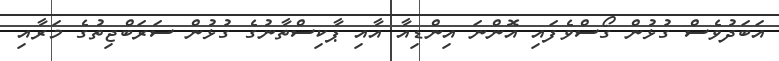
އަބަދުވެސް ގުޅުން ގޯސްވެފައި އޮންނަ އިންޑިއާ އާއި ޕާކިސްތާނުގެ ގުޅުން ސަރަބްޖިތުގެ މަރާއި